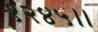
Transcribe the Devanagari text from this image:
१२४५।।